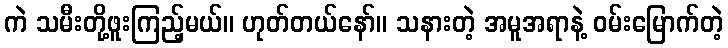
ကဲ သမီးတို့ဖူးကြည့်မယ်။ ဟုတ်တယ်နော်။ သနားတဲ့ အမူအရာနဲ့ ဝမ်းမြောက်တဲ့